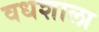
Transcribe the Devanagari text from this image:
वधशाला